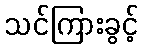
သင်ကြားခွင့်